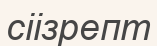
сіізрепт